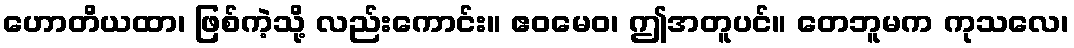
ဟောတိယထာ၊ ဖြစ်ကဲ့သို့ လည်းကောင်း။ ဧဝမေဝ၊ ဤအတူပင်။ တေဘူမက ကုသလေ၊